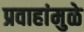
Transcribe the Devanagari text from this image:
प्रवाहांमुळे